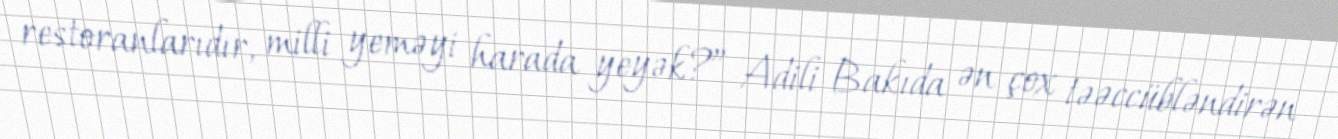
restoranlarıdır, milli yeməyi harada yeyək?” Adili Bakıda ən çox təəccübləndirən